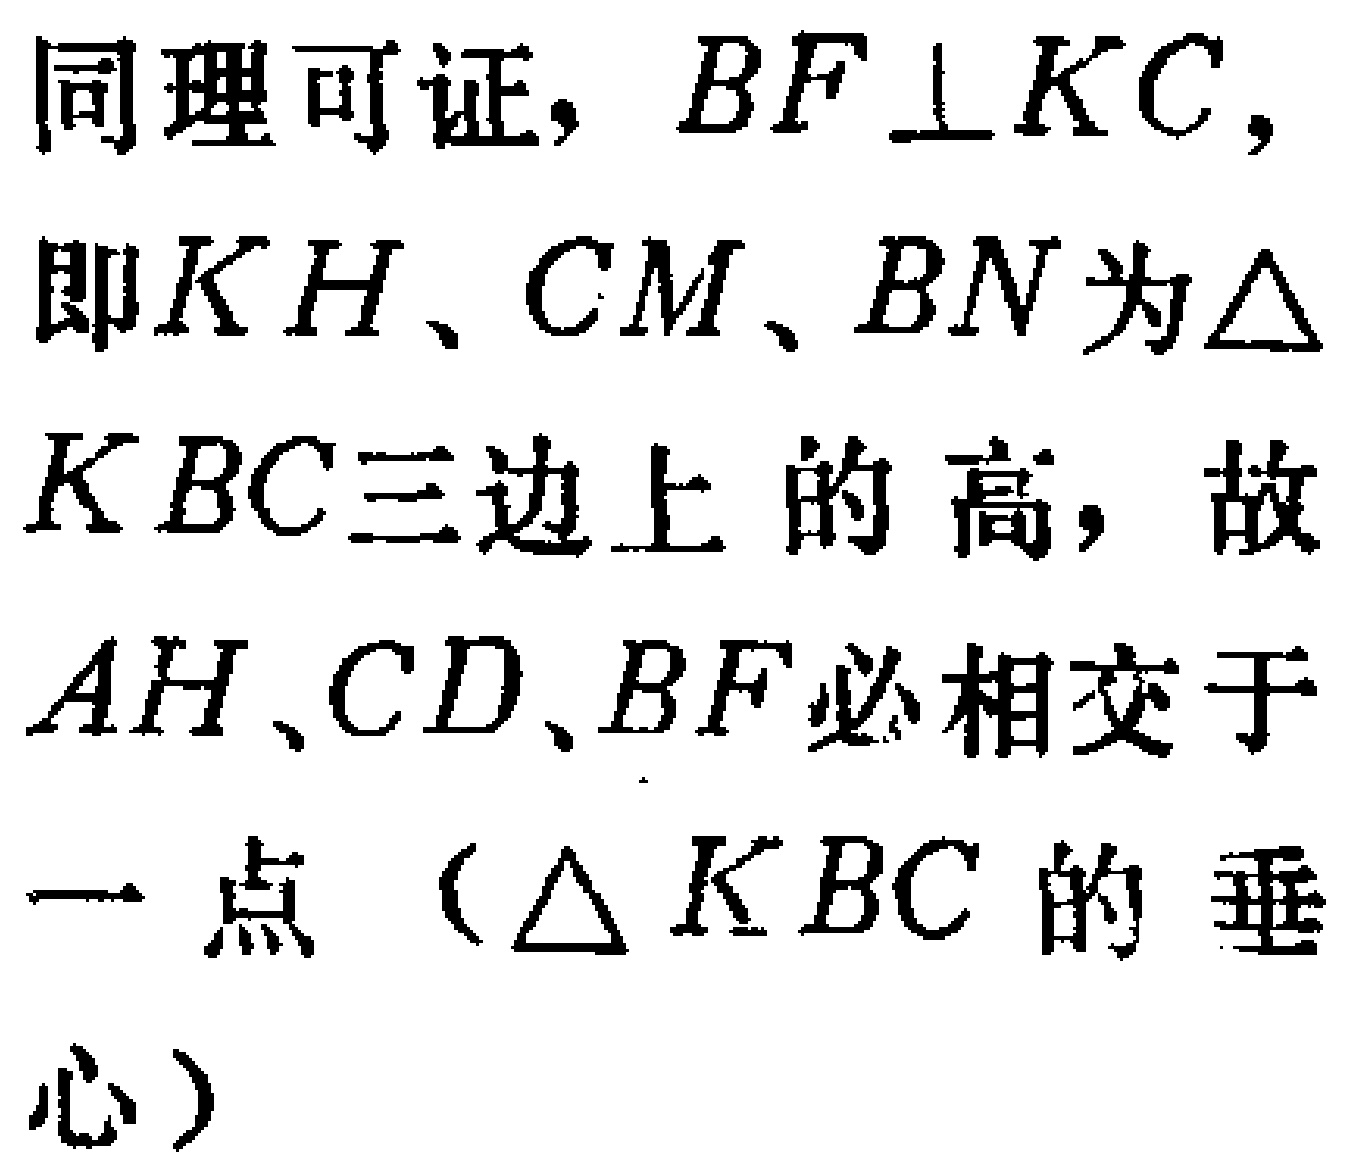
同理可证，$BF\perp KC,$
即$KH$、$CM$、$BN$为$\triangle$
$KBC$三边上的高，故
$AH$、$CD$、$BF$必相交于
一点（$\triangle KBC$的垂
心）